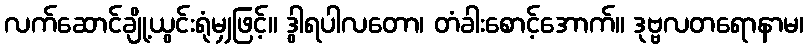
လက်ဆောင်ချို့ယွင်းရုံမျှဖြင့်။ ဒွါရပါလတော၊ တံခါးစောင့်အောက်။ ဒုဗ္ဗလတရောနာမ၊